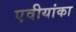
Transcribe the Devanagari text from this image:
एवीयांका